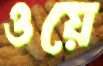
ওয়ে